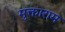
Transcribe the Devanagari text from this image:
मुक्ताराम